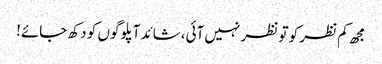
مجھ کم نظر کو تو نظر نہیں آئی،شائد آپلوگوں کو دکھ جائے!